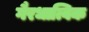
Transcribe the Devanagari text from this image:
गैरधात्विक